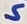
Text: S